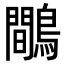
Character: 鷼